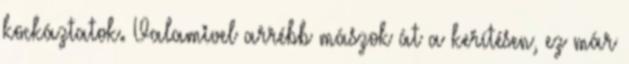
kockáztatok. Valamivel arrébb mászok át a kerítésen, ez már